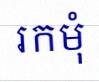
រកមុំ